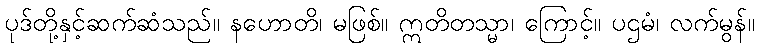
ပုဒ်တို့နှင့်ဆက်ဆံသည်။ နဟောတိ၊ မဖြစ်။ ဣတိတသ္မာ၊ ကြောင့်။ ပဌမံ၊ လက်မွန်။